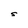
Character: S